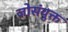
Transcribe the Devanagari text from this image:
जोसंयुक्त